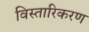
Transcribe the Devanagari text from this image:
विस्तारिकरण